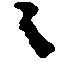
ニ